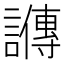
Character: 𬣋